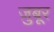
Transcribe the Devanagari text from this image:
ज़ुबूर